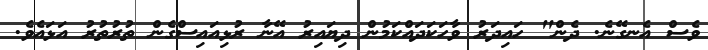
ވެސް އެނގޭނެ. ދެން" ހައިދަރު ވާހަކަދައްކަމުން ދިޔައިރު އޭނާ ރުޅިއައިސްގެން ތުރުތުރު އަޅައެވެ.